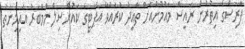
ފާރިސްގެ އިތުރުން ރައީސް މައުމޫންއަށް ތާއީދު ކުރައްވާ އެޕާޓީގެ ކައުންސިލް މެމްބަރު އައިމިނަތު